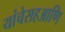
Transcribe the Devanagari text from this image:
यांचेसहआणि